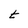
Character: t